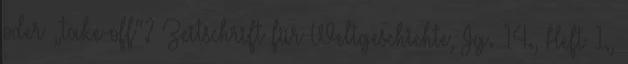
oder „take-off“? Zeitschrift für Weltgeschichte, Jg. 14., Heft 1.,